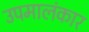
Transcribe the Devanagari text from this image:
उपमालंकार